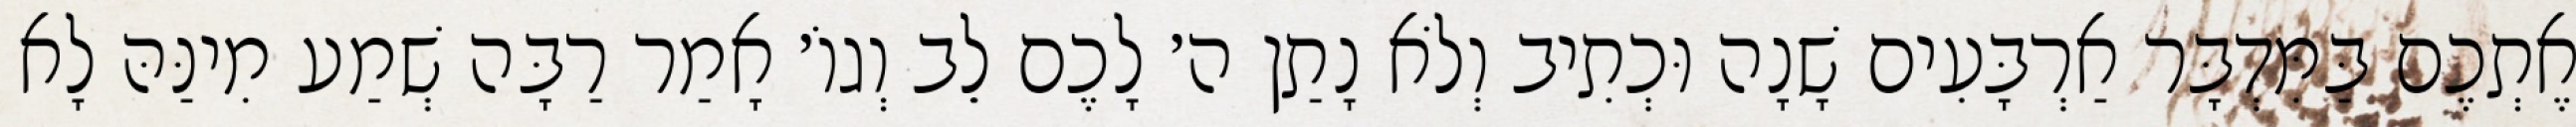
אֶתְכֶם בַּמִּדְבָּר אַרְבָּעִים שָׁנָה וּכְתִיב וְלֹא נָתַן ה׳ לָכֶם לֵב וְגוֹ׳ אָמַר רַבָּה שְׁמַע מִינַּהּ לָא